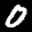
Label: 0